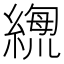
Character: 𦃫